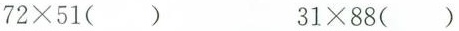
$$72 \times51（ ）$$ $$31 \times88（ ）$$